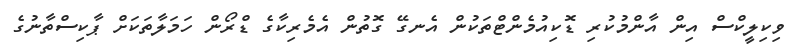
ވިކިލީކްސް އިން އާންމުކުރި ޑޮކިއުމެންޓްތަކުން އެނގޭ ގޮތުން އެމެރިކާގެ ޑްރޯން ހަމަލާތަކަށް ޕާކިސްތާނުގެ